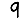
Digit: 9